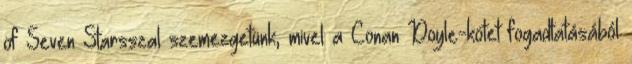
of Seven Starsszal szemezgetünk, mivel a Conan Doyle-kötet fogadtatásából